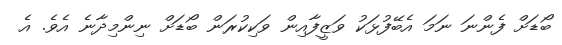
ބޯޑަށް ފެންނަ ނަމަ އެބޭފުޅަކު ވަޒީފާއިން ވަކިކުރަން ބޯޑަށް ނިންމިދާނެ އެވެ. އެ